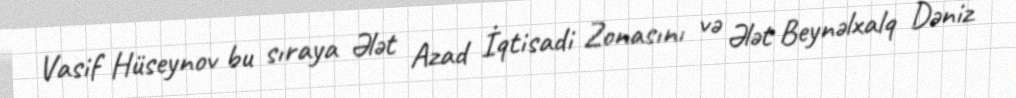
Vasif Hüseynov bu sıraya Ələt Azad İqtisadi Zonasını və Ələt Beynəlxalq Dəniz